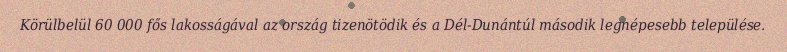
Körülbelül 60 000 fős lakosságával az ország tizenötödik és a Dél-Dunántúl második legnépesebb települése.